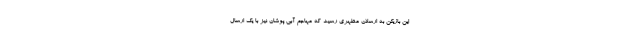
این بازیکن به ارسلان مطهری رسید که مهاجم آبی پوشان نیز با یک ارسال